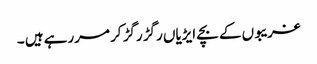
غریبوں کے بچے ایڑیاں رگڑ رگڑ کر مررہے ہیں ۔